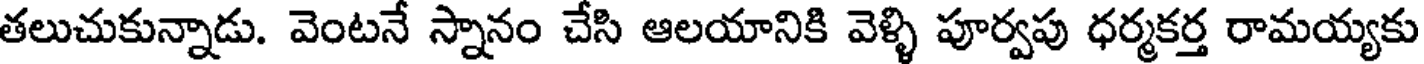
తలుచుకున్నాడు. వెంటనే స్నానం చేసి ఆలయానికి వెళ్ళి పూర్వపు ధర్మకర్త రామయ్యకు